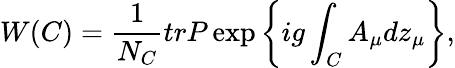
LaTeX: W(C)=\frac{1}{N_{C}}trP\exp\left\{ ig\int_{C}A_{\mu}dz_{\mu}\right\} ,